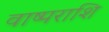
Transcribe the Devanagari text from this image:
वाष्पराशि